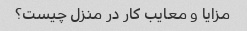
مزایا و معایب کار در منزل چیست؟